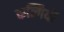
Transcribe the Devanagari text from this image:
कल्गियों